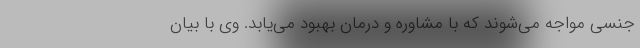
جنسی مواجه می‌شوند که با مشاوره و درمان بهبود می‌یابد. وی با بیان